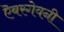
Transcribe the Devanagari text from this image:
ऎबरगेवनी